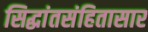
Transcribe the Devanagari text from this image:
सिद्धांतसंहितासार